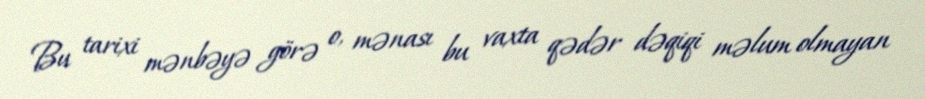
Bu tarixi mənbəyə görə o, mənası bu vaxta qədər dəqiqi məlum olmayan